Vaccination in the Punjab 1883-1896 - 1883-1896
Year: 1883
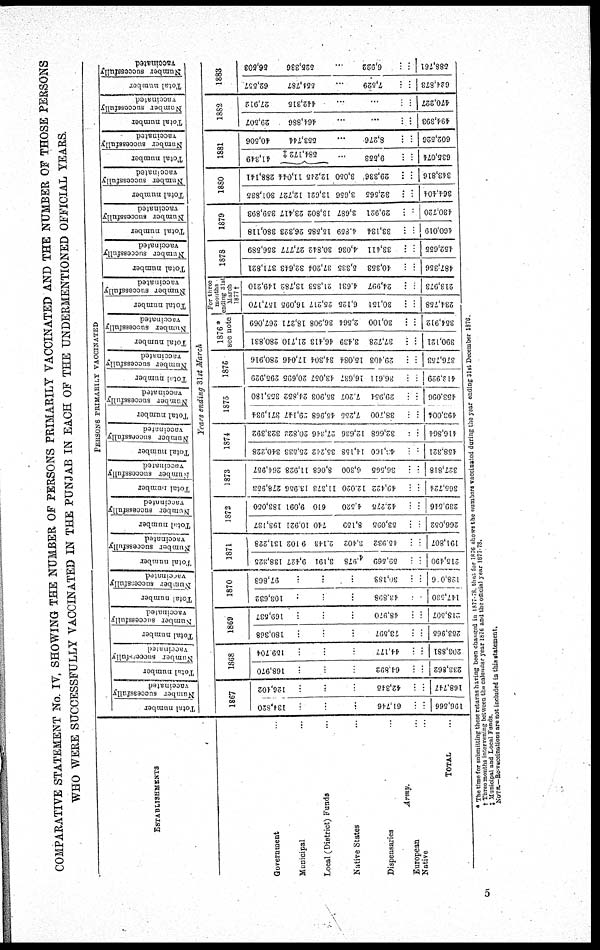
COMPARATIVE STATEMENT No. IV, SHOWING THE NUMBER OF PERSONS PRIMARILY VACCINATED AND THE NUMBER OF THOSE PERSONS
WHO WERE SUCCESSFULLY VACCINATED IN THE PUNJAB IN EACH OF THE UNDERMENTIONED OFFICIAL YEARS.
ESTABLISHMENTS
Government ...
Municipal ...
Local (District) Funds ...
Native States ...
Dispensaries ...
Army.
European ...
Native ...
TOTAL ...
PERSONS PRIMARILY VACCINATED
Total number
Number successfully
vaccinated
Total number
Number successfully
vaccinated
Total number
Number successfully
vaccinated
Total number
Number successfully
vaccinated
Total number
Number successfully
vaccinated
Total number
Number successfully
vaccinated
Total number
Number successfully
vaccinated
Total number
Number successfully
vaccinated
Total number
Number successfully
vaccinated
Total number
Number successfully
vaccinated
Total number
Number successfully
vaccinated
Total number
Number successfully
vaccinated
Total number
Number successfully
vaccinated
Total number
Number successfully
vaccinated
Total number
Number successfully
vaccinated
Total number
Number successfully
vaccinated
Total number
Number successfully
vaccinated
Total number
Number successfully
vaccinated
Years ending 31st March
1867
134,820
...
...
...
61,746
...
...
196,566
126,402
...
...
...
42,345
...
...
168,747
1868
168,970
...
...
...
64,892
...
...
233,862
159,704
...
...
...
44,177
...
...
203,881
1869
180,368
...
...
...
73,597
...
...
253,965
169,537
...
...
...
48,970
...
...
218,507
1870
103,632
...
...
...
43,898
...
...
147,530
97,868
...
...
...
30,188
...
...
128,046
1871
138,325
9,427
3,191
4,978
59,569
...
...
215,490
131,228
9,102
2,143
3,402
45,932
...
...
191,807
1872
193,137
10,921
740
8,159
53,095
...
...
266,052
183,050
9,091
610
4,520
42,275
...
...
239,546
1873
278,953
13,956
11,373
12,020
49,422
...
...
365,724
264,957
11,928
8,068
6,300
36,565
...
...
327,818
1874
340,228
25,533
35,242
14,158
43,160
...
...
458,321
323,392
20,822
27,346
12,636
32,668
...
...
416,864
1875
371,934
29,147
45,968
7,255
38,700
...
...
493,004
355,180
24,852
35,903
7,207
29,954
...
...
453,096
1876
295,929
20,695
43,057
16,637
36,611
...
...
412,929
280,916
17,046
34,304
15,084
29,403
...
...
376,753
1876*
see note
280,831
21,710
46,413
3,439
37,728
...
...
390,121
267,069
18,271
36,908
2,564
30,100
...
...
354,912
For three
months
ending 31st
March
1877 †
157,170
16,095
25,217
6,125
30,151
...
...
234,758
149,210
13,782
21,353
4,631
24,997
...
...
213,973
1878
371,821
32,643
37,204
5,335
40,353
... ...
487,356
356,589
27,777
30,842
4,036
33,411
...
...
452,655
1879
380,118
26,323
15,585
4,859
33,134
...
...
460,019
359,893
23,417
13,802
3,687
29,921
...
...
430,720
1880
301,835
12,727
13,621
3,656
32,565
...
...
364,404
288,141
11,044
12,245
3,050
29,336
...
...
343,816
1881
41,349
584,172 ‡
...
9,553
...
...
635,074
40,506
553,744
...
8,276
...
...
602,526
1882
29,507
464,886
...
...
...
...
494,393
27,912
442,315
...
...
...
...
470,227
1883
62,557
554,787
...
7,529
...
...
624,873
56,503
525,336
...
6,922
...
...
588,761
* The time for submitting these returns having been changed in 1877-78. that for 1876 shows the numbers vaccinated during the year ending 31st December 1876.
† Three months intervening between the calendar year 1876 and the official year 1877-78.
‡ Municipal and Local Funds.
NOTE.—Re-vaccinations are not included in this statement.
5